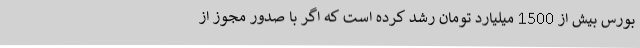
بورس بیش از 1500 میلیارد تومان رشد کرده است که اگر با صدور مجوز از